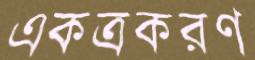
একত্রকরণ